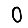
Digit: 0